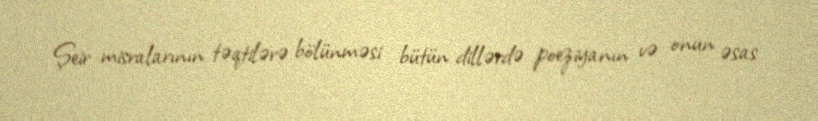
Şeir misralarının təqtilərə bölünməsi bütün dillərdə poeziyanın və onun əsas